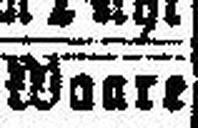
Waart